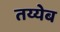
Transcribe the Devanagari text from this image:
तय्येब